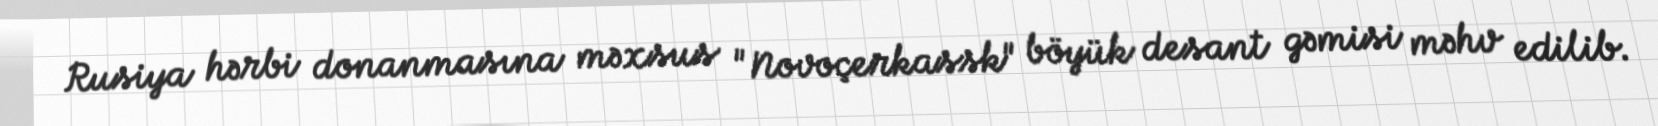
Rusiya hərbi donanmasına məxsus "Novoçerkassk" böyük desant gəmisi məhv edilib.